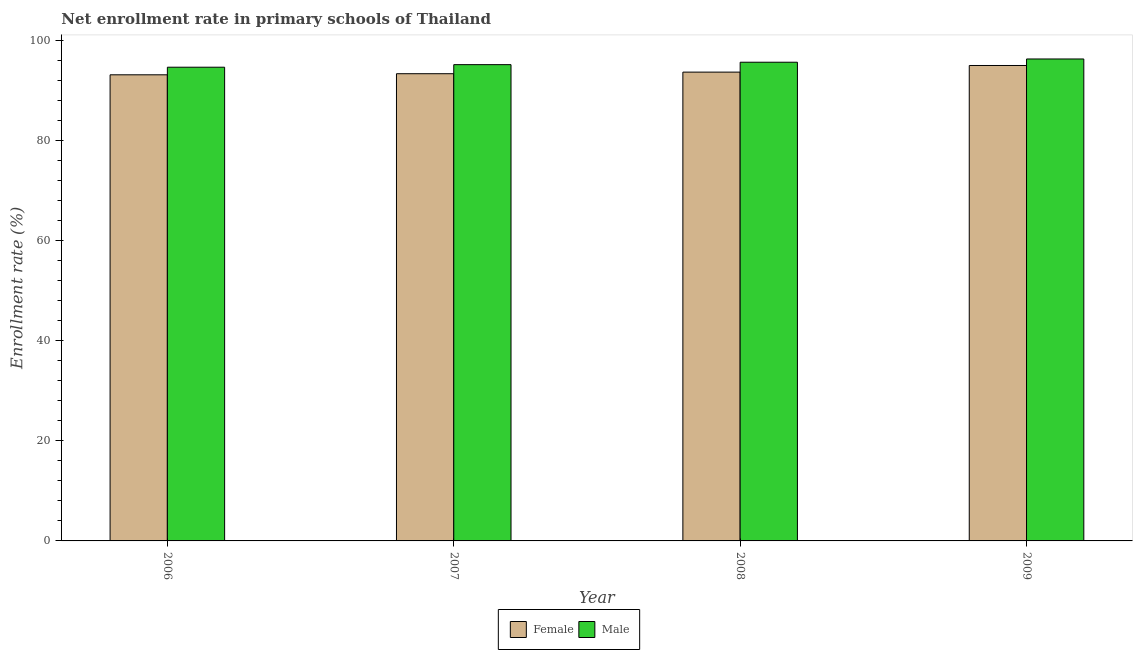
| Year | Female | Male |
 | --- | --- | --- |
 | 2006 | 93.1 | 94.6 |
 | 2007 | 93.3 | 95.1 |
 | 2008 | 93.6 | 95.6 |
 | 2009 | 94.9 | 96.2 |